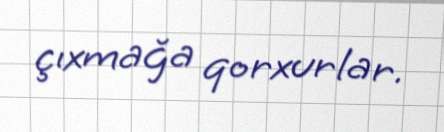
çıxmağa qorxurlar.